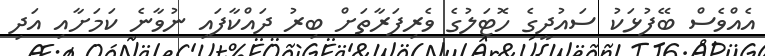
އެއްވެސް ބޭފުޅަކު ސައުދީގެ ހޮޓަލުގެ ވެރިފަރާތަށް ބިރު ދައްކާފައި ނުވާނެ ކަމަށާއި އަދި